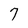
Character: 7